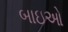
બાઇઓ